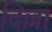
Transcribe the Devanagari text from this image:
दिल्ला